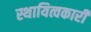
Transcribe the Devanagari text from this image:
स्थायित्वकारी